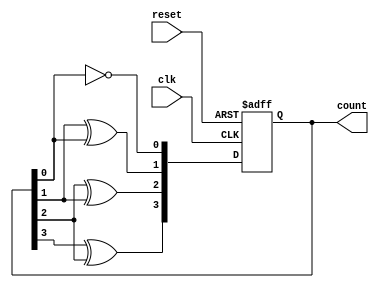
module async_counter (
    input wire clk,          // Clock input
    input wire reset,        // Asynchronous reset input
    output reg [n-1:0] count // Counter output
);
    parameter n = 4; // Number of bits in the counter (you can change this value)

    // Sequential logic for the counter
    always @(posedge clk or posedge reset) begin
        if (reset) begin
            count <= 0; // Reset the counter to 0
        end else begin
            count[0] <= ~count[0]; // Toggle LSB
            count[1] <= count[1] ^ count[0]; // Toggle next bit if LSB is low
            count[2] <= count[2] ^ count[1]; // Toggle next bit if previous bit is low
            count[3] <= count[3] ^ count[2]; // Toggle next bit if previous bit is low
            // Continue this pattern for more bits if needed
        end
    end
endmodule